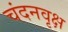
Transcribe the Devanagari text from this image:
चंदनवृक्ष